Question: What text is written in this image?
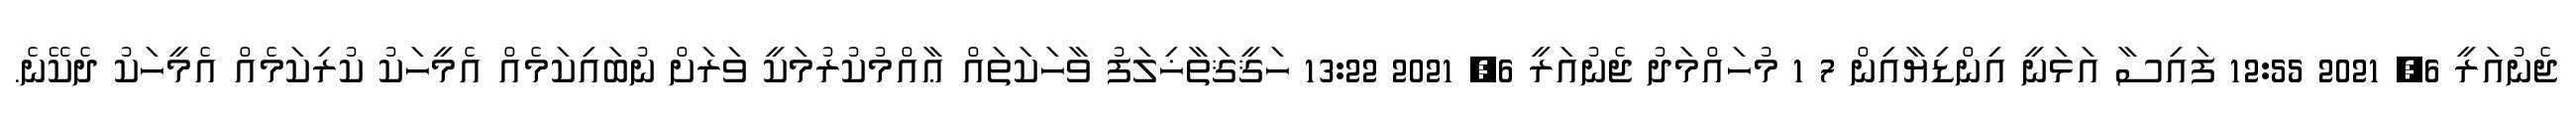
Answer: ޖެނުއަރީ 6, 2021 12:55 ފައިސާ އަޅަނީ އިންޑިޔާއިން 7 1 މުހައްމަދު ޖެނުއަރީ 6, 2021 13:22 ހަޤީޤަތާޚިލަފު ވާހަކަތައް ޢާއްމުކުރުމަކީ ވަރަށް ނުބައިކަމެއް އެމީހަކު ކުރިކަމެއް އެމީހަކު ދެކޭނެ.